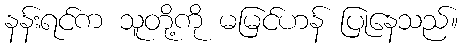
နန်းရင်က သူတို့ကို မမြင်ဟန် ပြုနေသည်။